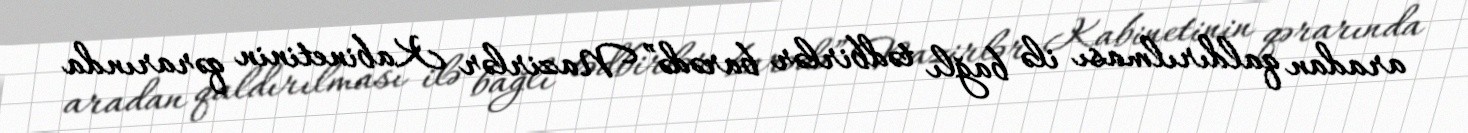
aradan qaldırılması ilə bağlı tədbirlər barədə” Nazirlər Kabinetinin qərarında